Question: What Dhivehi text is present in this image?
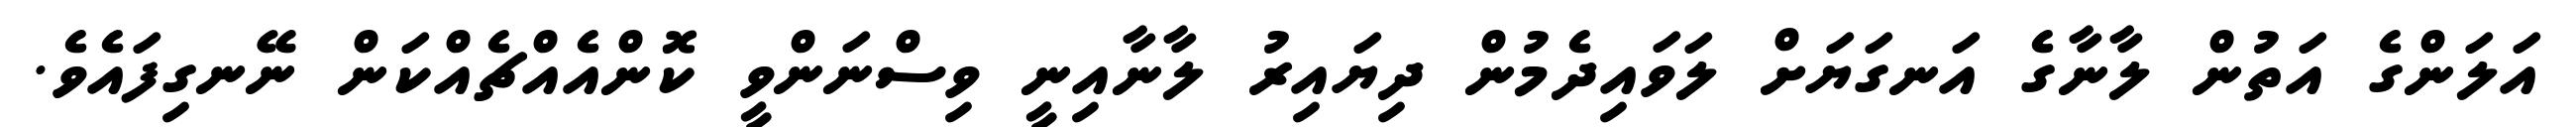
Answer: އަލަންގެ އަތުން ލާނާގެ އަނގަޔަށް ލަވައިދެމުން ދިޔައިރު ލާނާއިނީ ވިސްނަންވީ ކޮންއެއްޗެއްކަން ނޭނގިފައެވެ.